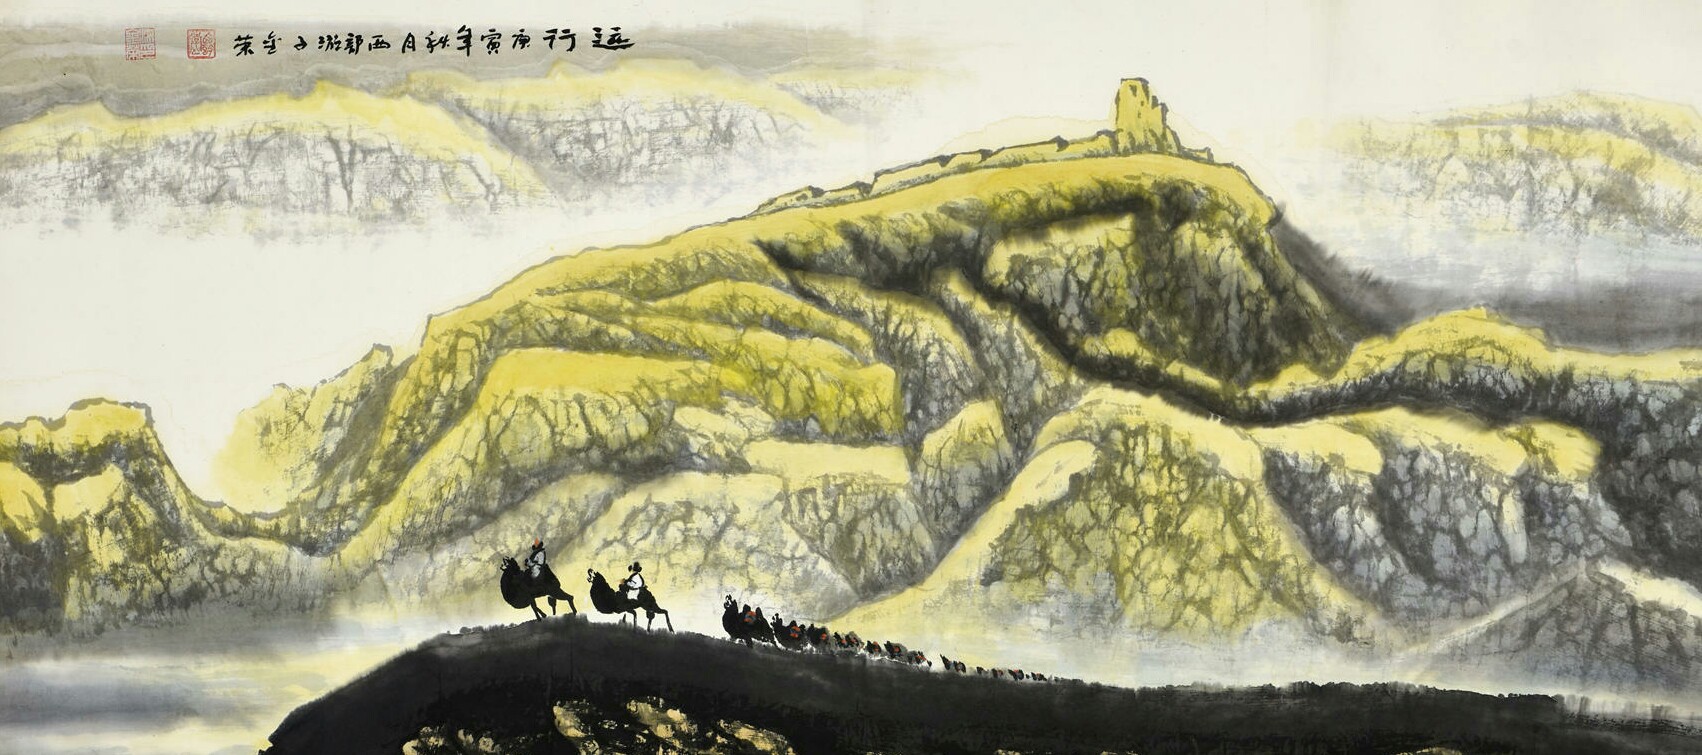
为高必因丘陵，为下必因川泽。